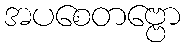
အပစေတဗ္ဗော